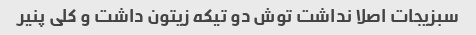
سبزیجات اصلا نداشت توش دو تیکه زیتون داشت و کلی پنیر